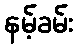
နမ့်ခမ်း